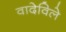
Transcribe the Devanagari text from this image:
वादेविले